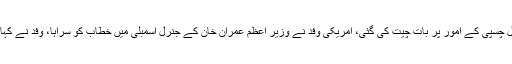
ملاقات میں مسئلہ کشمیر، افغان امن عمل سمیت باہمی دل چسپی کے امور پر بات چیت کی گئی، امریکی وفد نے وزیر اعظم عمران خان کے جنرل اسمبلی میں خطاب کو سراہا، وفد نے کہا کہ پاک امریکا تعلقات میں بہتری آنا خوش آیند امر ہے۔